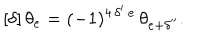
[ \delta ] \, \theta _ { e } = ( - 1 ) ^ { 4 \, \delta ^ { \prime } \cdot e } \, \theta _ { e + \delta ^ { \prime \prime } } .